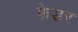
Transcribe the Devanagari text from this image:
फेडर